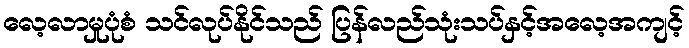
လေ့လာမှုပုံစံ သင်လုပ်နိုင်သည် ပြန်လည်သုံးသပ်နှင့်အလေ့အကျင့်